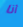
أنا